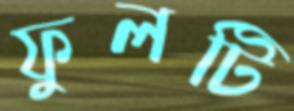
ফুলটি